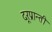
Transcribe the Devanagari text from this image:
दूरप्रान्ती